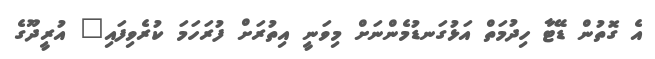
އެ ގޮތުން ޑޭޓާ ހިދުމަތް އަޅުގަނޑުމެންނަށް މިވަނީ އިތުރަށް ފުރަހަމަ ކުރެވިފައި" އުރީދޫގެ